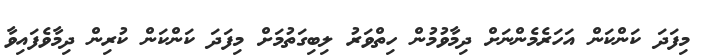
މިފަދަ ކަންކަން އަހަރެމެންނަށް ދިމާވުމުން ހިތްވަރު ލިބިގަތުމަށް މިފަދަ ކަންކަން ކުރިން ދިމާވެފައިވާ